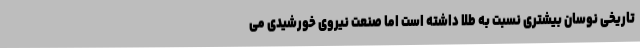
تاریخی نوسان بیشتری نسبت به طلا داشته است اما صنعت نیروی خورشیدی می